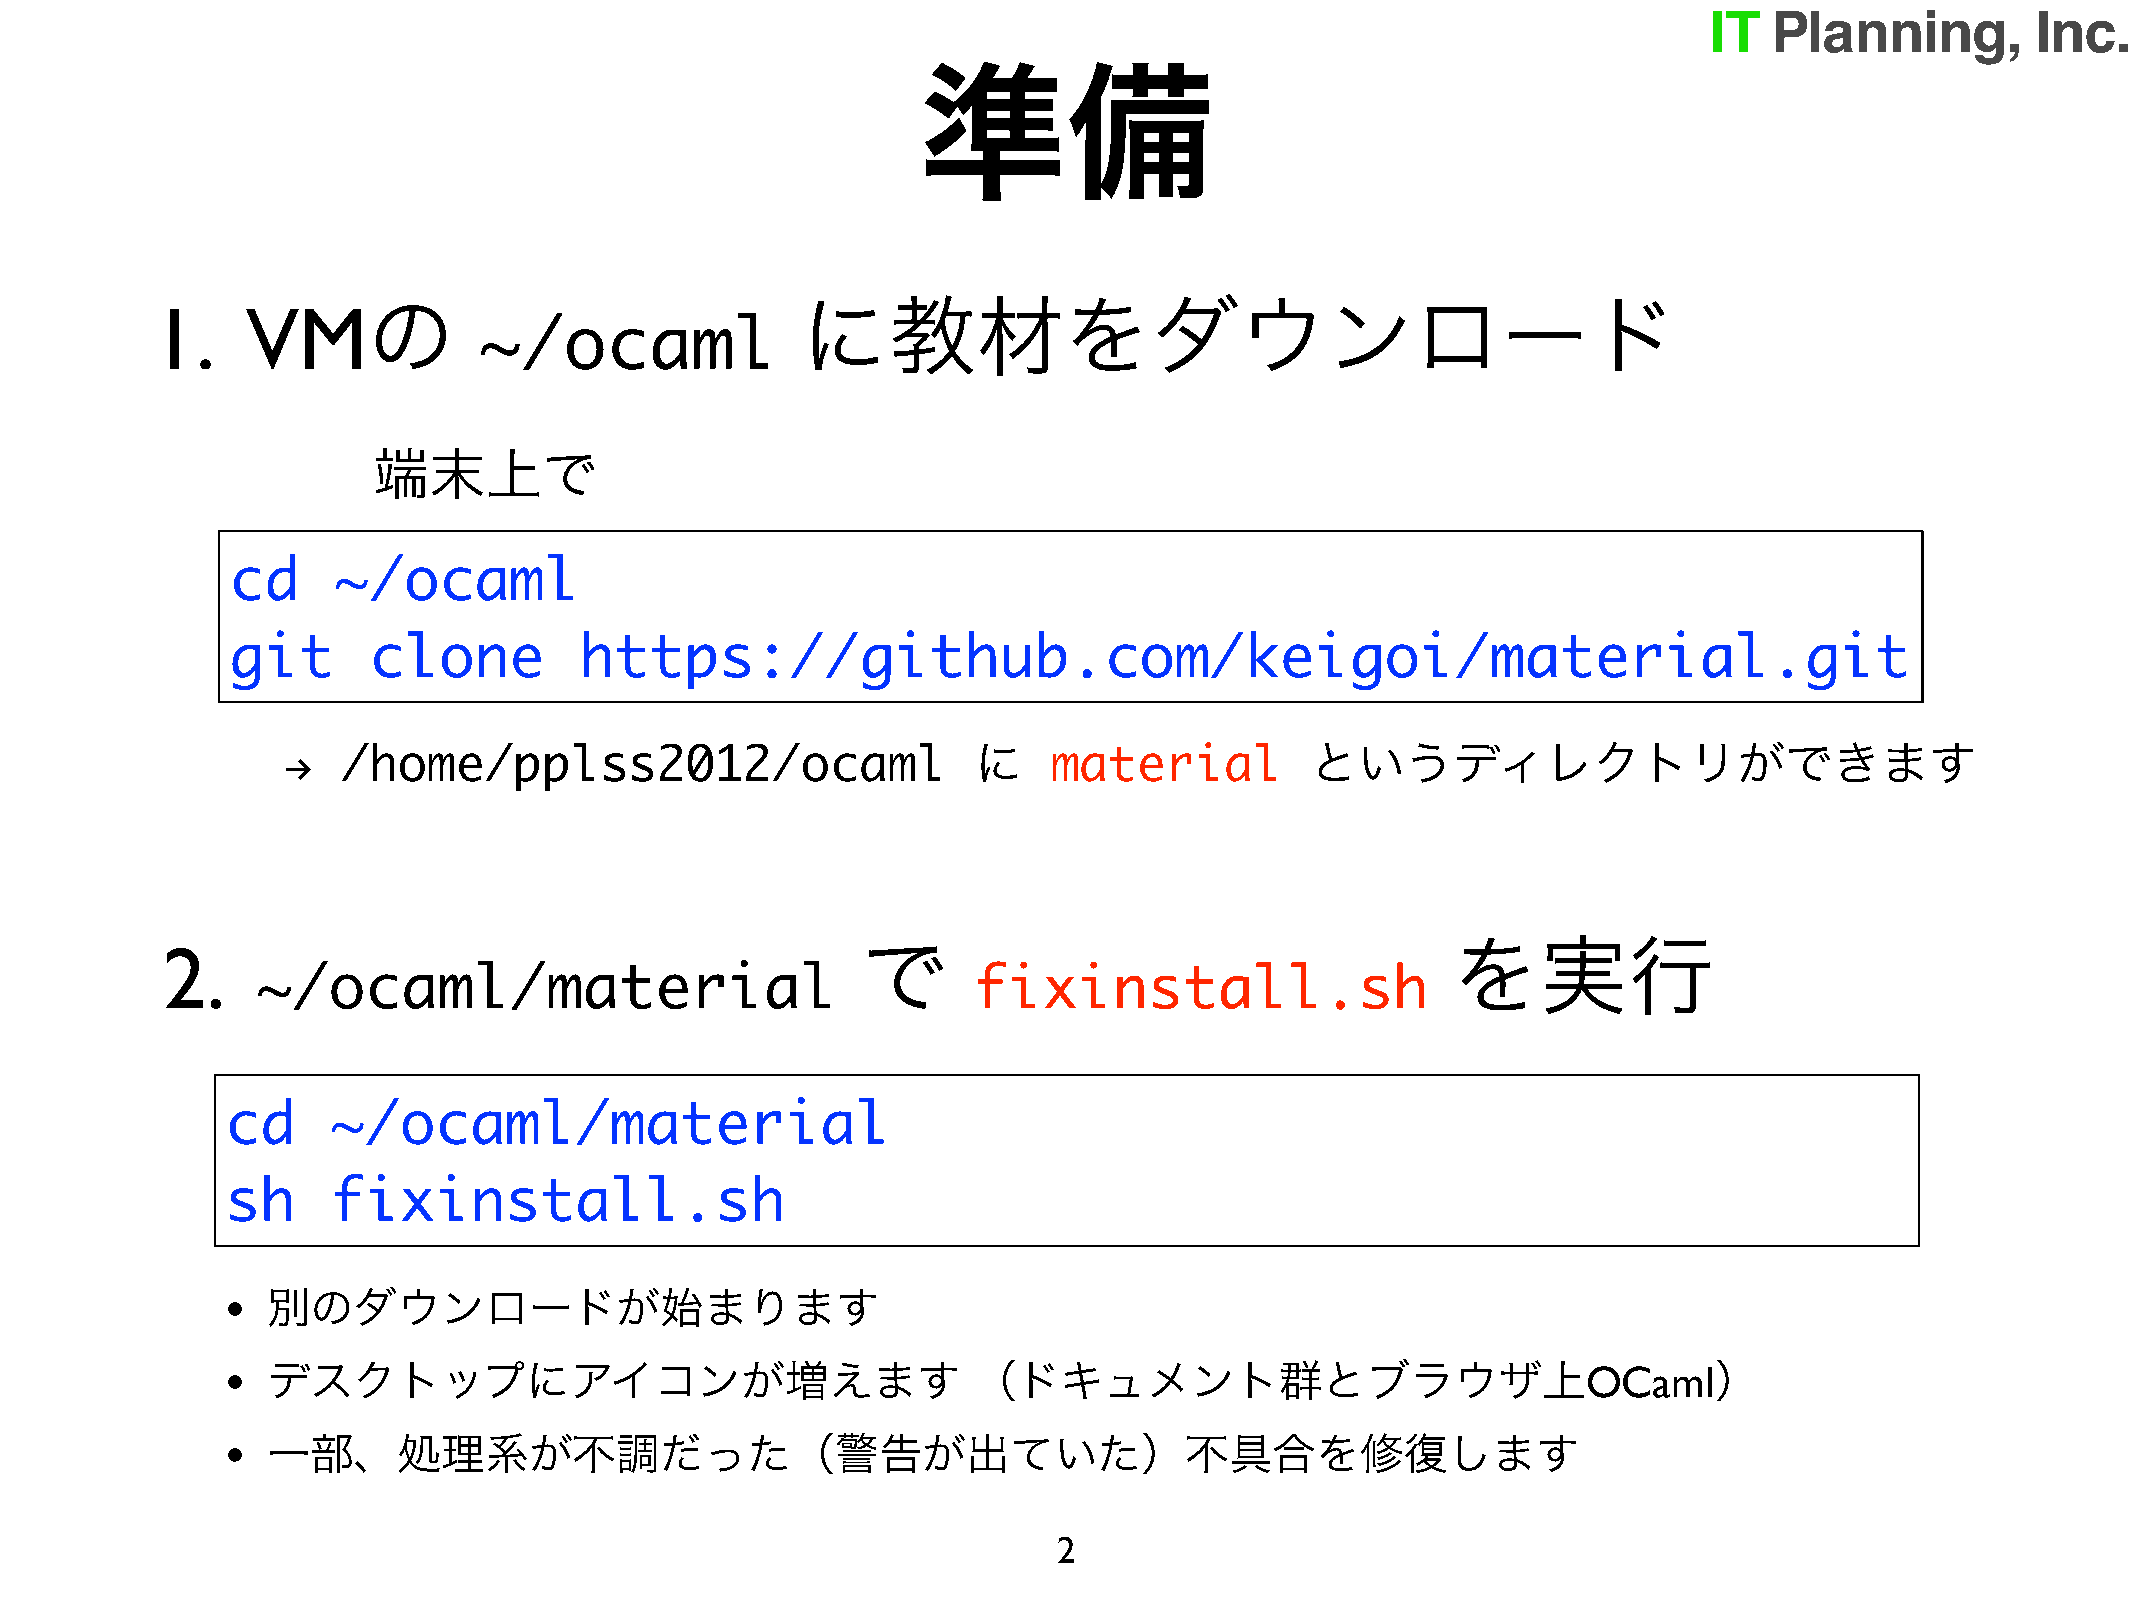
準備
 の                            に教材をダウンロード
 1.    VM
 ~/ocaml
 端末上で
 cd     ~/ocaml
 git      clone         https://github.com/keigoi/material.git
 !   /home/pplss2012/ocaml                    に     material         というディレクトリができます
 で                                      を実行
 2.
 ~/ocaml/material                               fixinstall.sh
 cd     ~/ocaml/material
 sh     fixinstall.sh
 •  別のダウンロードが始まります
 •  デスクトップにアイコンが増えます                              （ドキュメント群とブラウザ上OCaml）
 •  一部、処理系が不調だった（警告が出ていた）不具合を修復します
 2